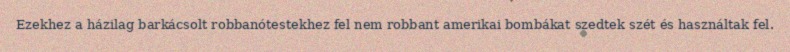
Ezekhez a házilag barkácsolt robbanótestekhez fel nem robbant amerikai bombákat szedtek szét és használtak fel.